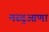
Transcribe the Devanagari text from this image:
मस्तुआणा